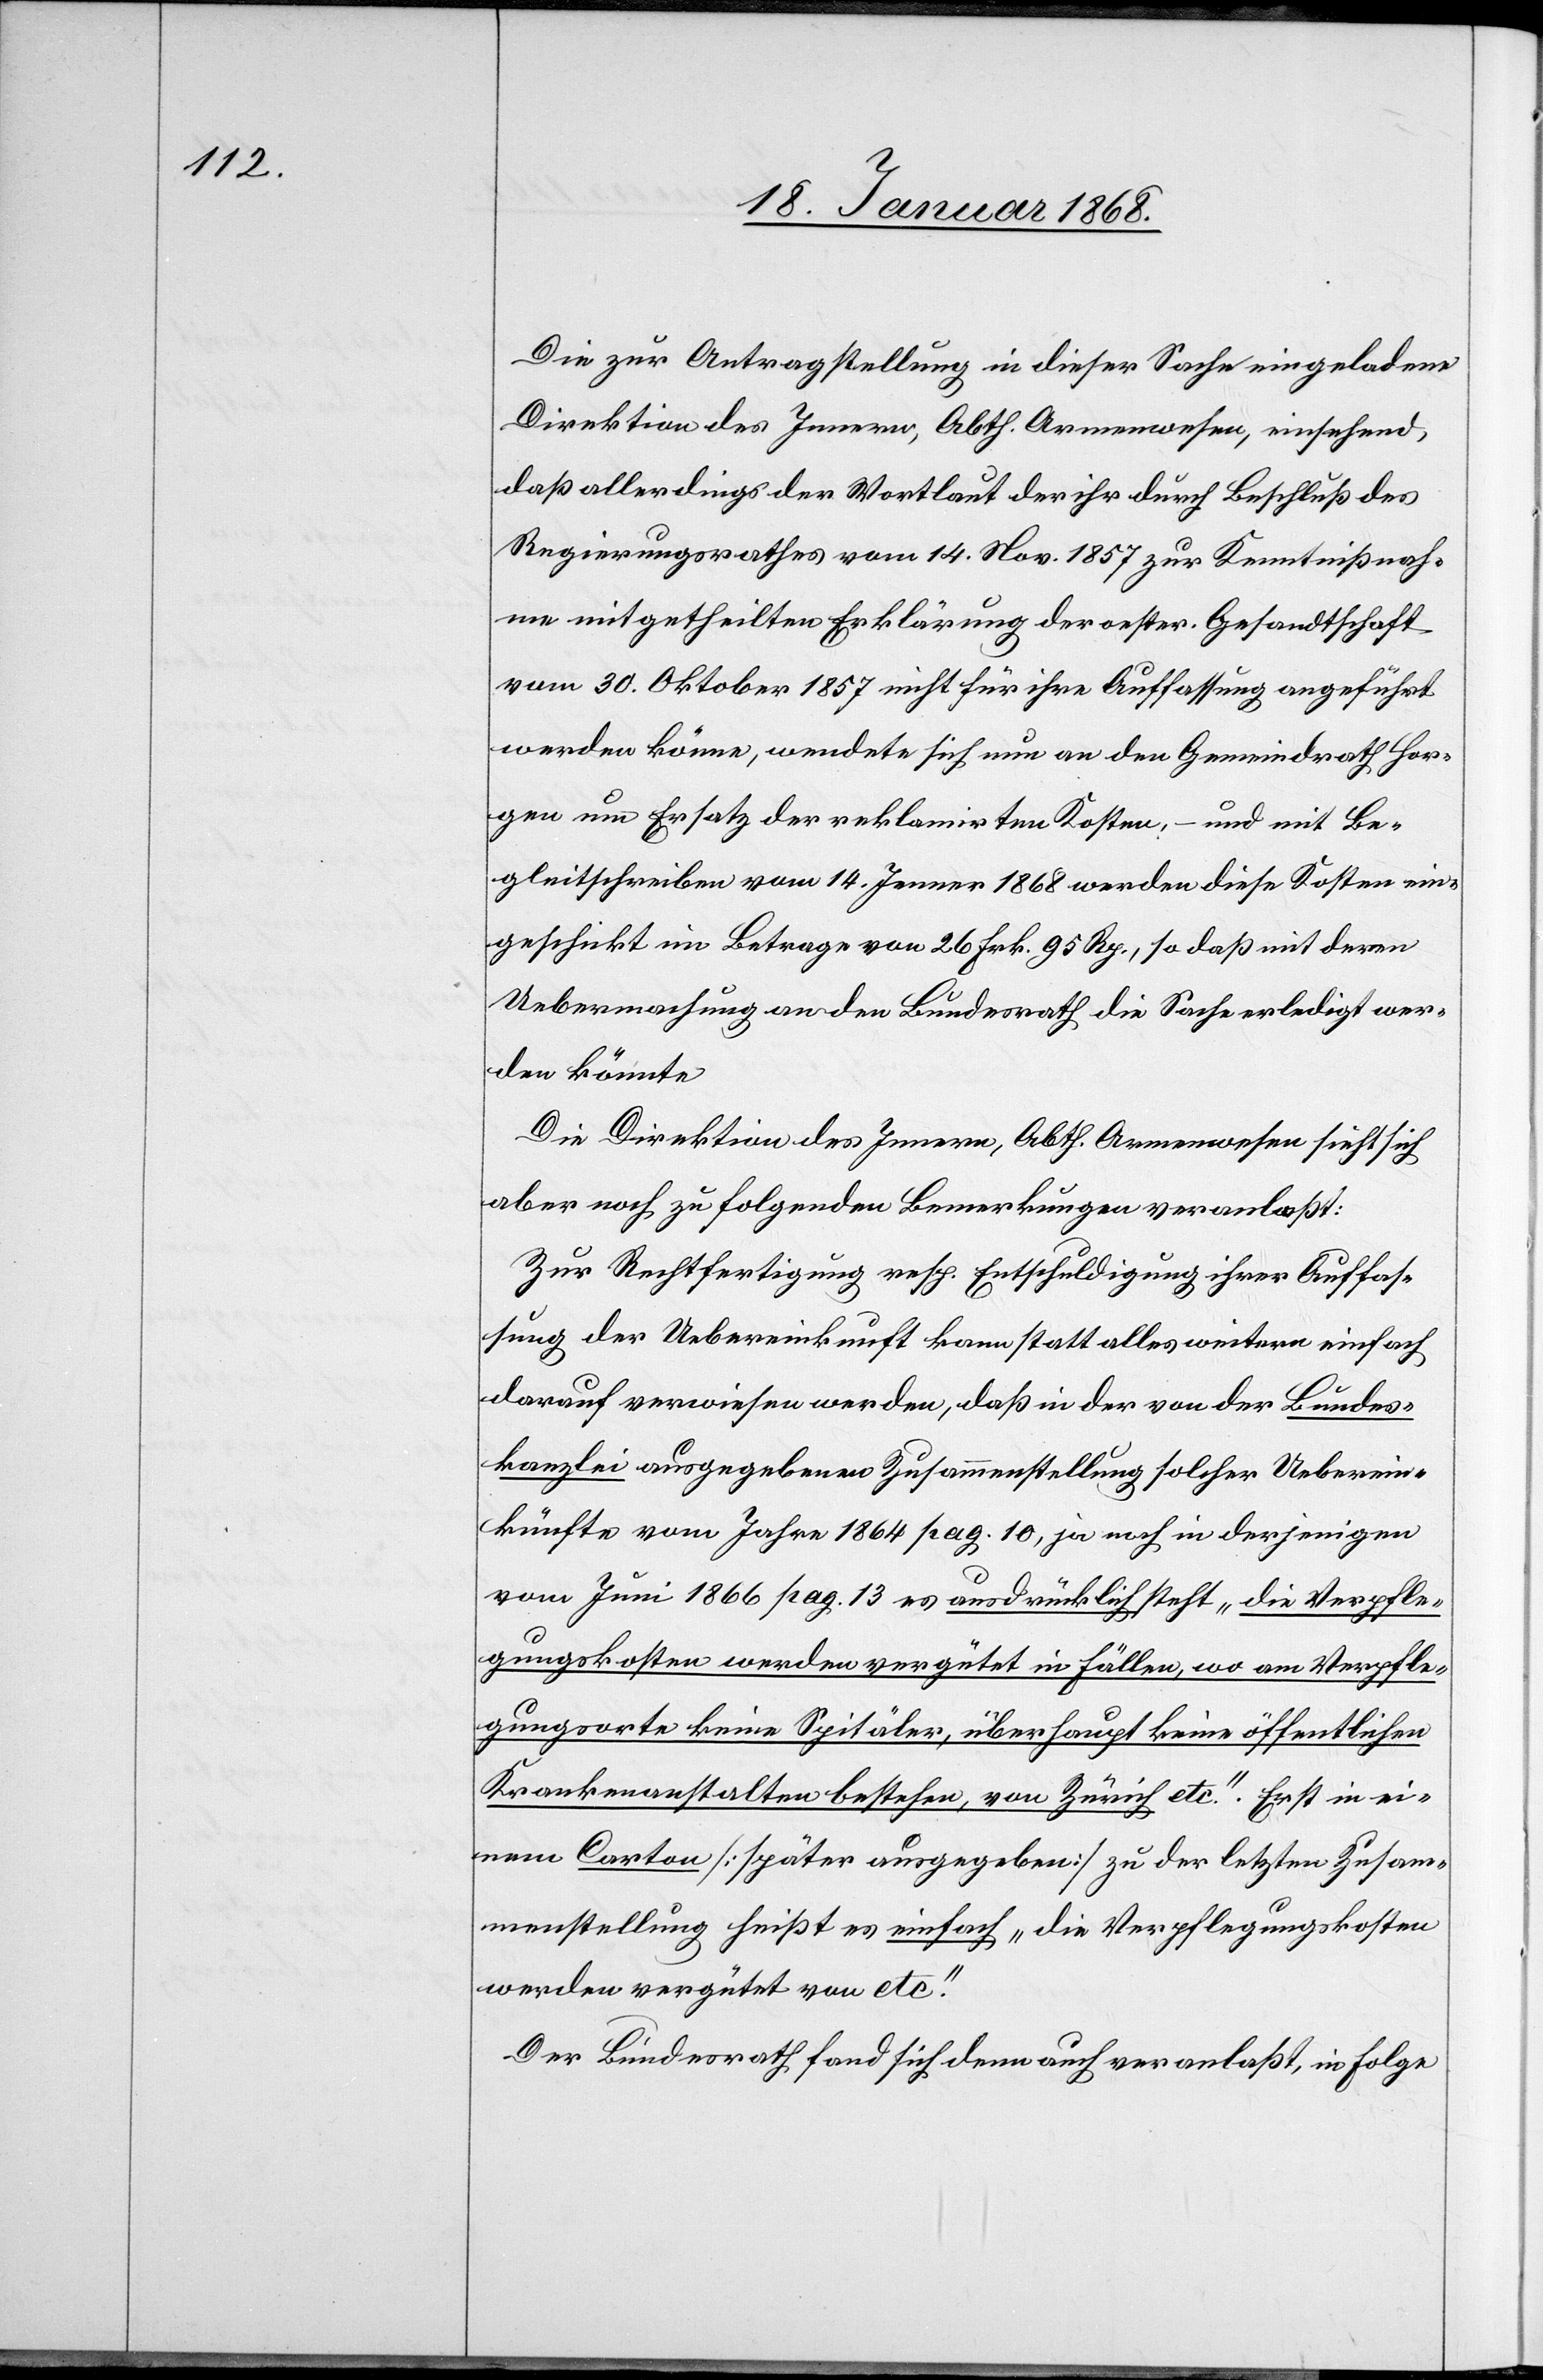
Die zur Antragstellung in dieser Sache eingeladene
Direktion des Innern, Abth. Armenwesen, einsehend,
daß allerdings der Wortlaut der ihr durch Beschluß des
Regierungsrathes vom 14. Nov. 1857 zur Kenntnißnah¬
me mitgetheilten Erklärung der oester. Gesandtschaft
vom 30. Oktober 1857 nicht für ihre Auffassung angeführt
werden könne, wendete sich nun an den Gemeindrath Hor¬
gen um Ersatz der reklamirten Kosten, – und mit Be¬
gleitschreiben vom 14. Jenner 1868 werden diese Kosten ein¬
geschickt im Betrage von 26 Frk. 95 Rp., so daß mit deren
Uebermachung an den Bundesrath die Sache erledigt wer¬
den könnte
Die Direktion des Innern, Abth. Armenwesen sieht sich
aber noch zu folgenden Bemerkungen veranlaßt:
Zur Rechtfertigung resp. Entschuldigung ihrer Auffas¬
sung der Uebereinkunft kann statt alles weitern einfach
darauf verwiesen werden, daß in der von der Bundes¬
kanzlei ausgegebenen Zusammenstellung solcher Ueberein¬
künfte vom Jahre 1864 pag. 10, ja noch in derjenigen
vom Juni 1866 pag. 13 es ausdrücklich steht „die Verpfle¬
gungskosten werden vergütet in Fällen, wo am Verpfle¬
gungsorte keine Spitäler, überhaupt keine öffentlichen
Krankenanstalten bestehen, von Zürich etc.“. Erst in ei¬
nem Carton [später ausgegeben] zu der letzten Zusam¬
menstellung heißt es einfach „die Verpflegungskosten
werden vergütet von etc.“
Der Bundesrath fand sich denn auch veranlaßt, in Folge